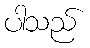
ပါသည်